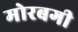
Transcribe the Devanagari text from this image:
मोरबगी